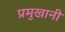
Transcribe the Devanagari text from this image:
प्रमुखानी